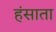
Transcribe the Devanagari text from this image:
हंसाता